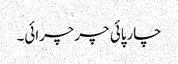
چارپائی چرچرائی۔